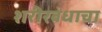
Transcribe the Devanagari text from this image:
शरीरबंधाचा